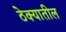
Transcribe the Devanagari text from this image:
ठेक्‍यातील